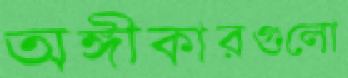
অঙ্গীকারগুলো